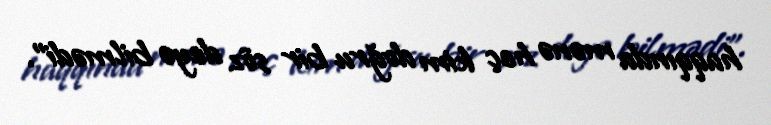
haqqında mənə heç kim doğru bir söz deyə bilmədi".